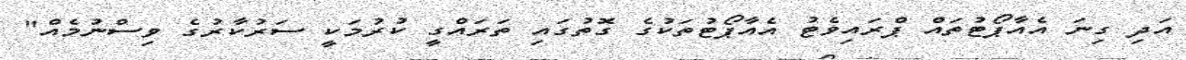
އަދި ގިނަ އެއާޕޯޓުތައް ޕްރައިވެޓު އެއާޕޯޓުތަކުގެ ގޮތުގައި ތަރައްގީ ކުރުމަކީ ސަރުކާރުގެ ވިސްނުމެއް"